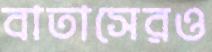
বাতাসেরও